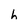
Character: h